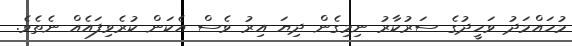
މުހައްމަދު ވަހީދުގެ ސަރުކާރު ނިމިގެން ދިޔަ އިރު ވެސް އެކަން ކުރެވިފައެއް ނެތެވެ.